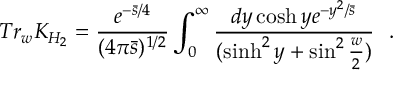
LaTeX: T r _ { w } K _ { H _ { 2 } } = { \frac { e ^ { - { \bar { s } / 4 } } } { ( 4 \pi \bar { s } ) ^ { 1 / 2 } } } \int _ { 0 } ^ { \infty } { \frac { d y \cosh y e ^ { - { y ^ { 2 } / \bar { s } } } } { ( \sinh ^ { 2 } y + \sin ^ { 2 } { \frac { w } { 2 } } ) } } ~ ~ .